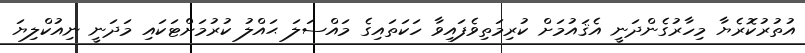
އުތުރުކޮރެޔާ މިހާރުގެންދަނީ އެޤައުމަށް ކުރިމަތިވެފައިވާ ހަކަތައިގެ މައްސަލަ ޙައްލު ކުރުމަށްޓަކައި މަދަނީ ނިއުކްލިޔަ